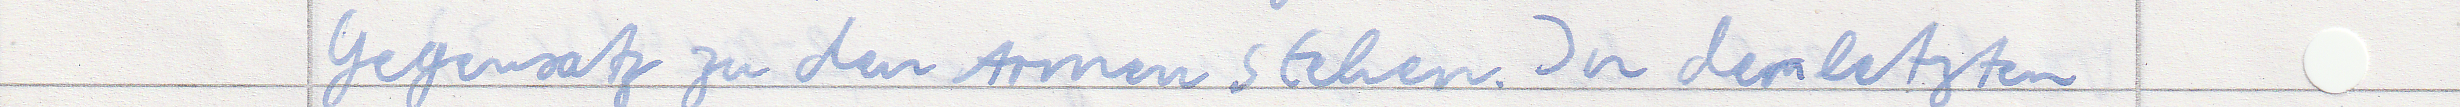
Gegensatz zu den Armen stehen. In dem letzten